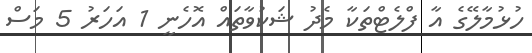
ހުޅުމާލޭގެ އާ ފްލެޓްތަކާ މެދު ޝަކުވާތައް އޮހެނީ 1 އަހަރު 5 މަސް